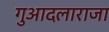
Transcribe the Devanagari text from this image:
गुआदलाराजा